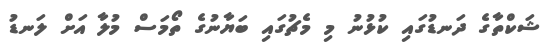
ޝަކްތާގެ ދަނޑުގައި ކުޅުނު މި މެޗުގައި ބަޔާނުގެ ތޯމަސް މުލާ އަށް ލަނޑު